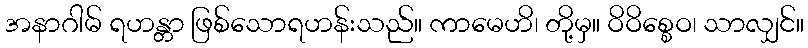
အနာဂါမ် ရဟန္တာ ဖြစ်သောရဟန်းသည်။ ကာမေဟိ၊ တို့မှ။ ဝိဝိစ္စေဝ၊ သာလျှင်။